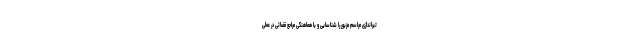
تیراندازی مراسم مزبور را شناسایی و با هماهنگی مراجع قضائی در عملی